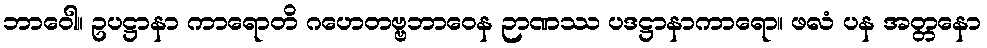
ဘာဝေါ။ ဥပဋ္ဌာနာ ကာရောတိ ဂဟေတဗ္ဗဘာဝေန ဉာဏဿ ပဒဋ္ဌာနာကာရော။ ဖလံ ပန အတ္တနော